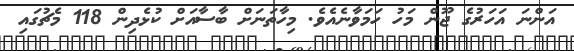
އަންނަ އަހަރުގެ ޖޫން މަހު ހަމަވާނެއެވެ. މިހާތަނަށް ބާސާއަށް ކުޅެދިން 118 މެޗުގައި